Leaving Certificate Examination (including Day School Certificate (Higher) General paper), 1929
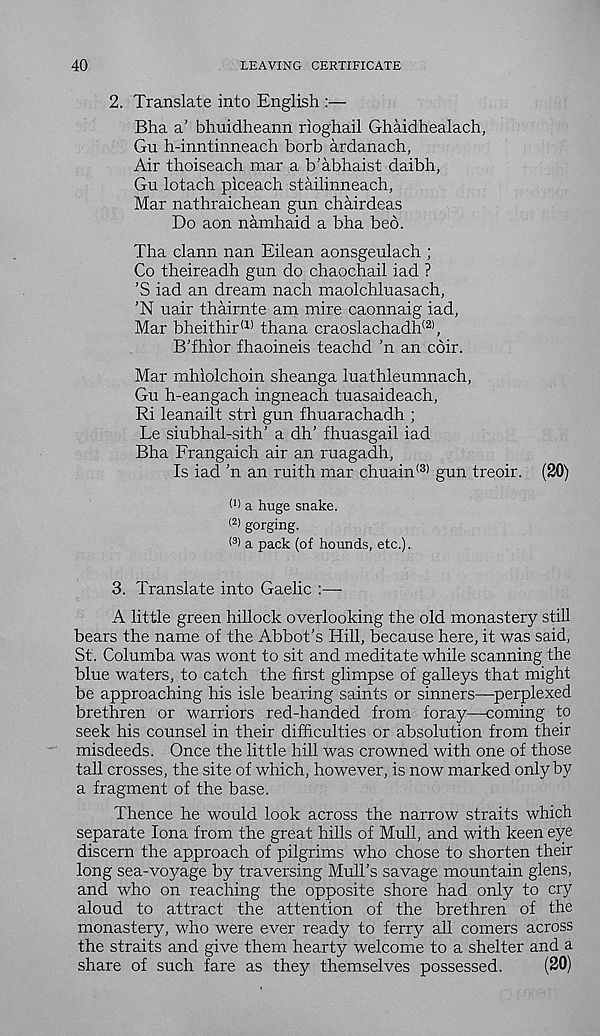
40
LEAVING CERTIFICATE
2. Translate into English :—
Bha a’ bhuidheann rioghail Ghaidhealach,
Gu h-inntinneach borb ardanach,
Air thoiseach mar a b’abhaist daibh,
Gu lotach piceach stailinneach,
Mar nathraichean gun chairdeas
Do aon namhaid a bha bed.
Tha clann nan Eilean aonsgeulach ;
Co theireadh gun do chaochail iad ?
’S iad an dream nach maolchluasach,
’N uair thairnte am mire caonnaig iad,
Mar bheithir (1) thana craoslachadh (2) ,
B’fhior fhaoineis teachd ’n an coir.
Mar mhiolchoin sheanga luathleumnach,
Gu h-eangach ingneach tuasaideach,
Ri leanailt strl gun fhuarachadh ;
Le siubhal-sith' a dh’ fhuasgail iad
Bha Frangaich air an ruagadh,
Is iad ’n an ruith mar chuain (3) gun treoir. (20)
W a huge snake.
< 2 > gorging.
(3 > a pack (of hounds, etc.).
3. Translate into Gaelic :—-
A little green hillock overlooking the old monastery still
bears the name of the Abbot’s Hill, because here, it was said,
St. Columba was wont to sit and meditate while scanning the
blue waters, to catch the first glimpse of galleys that might
be approaching his isle bearing saints or sinners—perplexed
brethren or warriors red-handed from foray—coming to
seek his counsel in their difficulties or absolution from their
misdeeds. Once the little hill was crowned with one of those
tall crosses, the site of which, however, is now marked only by
a fragment of the base.
Thence he would look across the narrow straits which
separate Iona from the great hills of Mull, and with keen eye
discern the approach of pilgrims who chose to shorten their
long sea-voyage by traversing Mull’s savage mountain glens,
and who on reaching the opposite shore had only to cry
aloud to attract the attention of the brethren of the
monastery, who were ever ready to ferry all comers across
the straits and give them hearty welcome to a shelter and a
share of such fare as they themselves possessed.
(20)